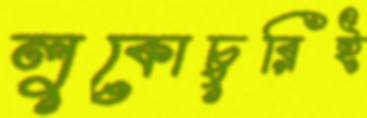
লুকোচুরিই